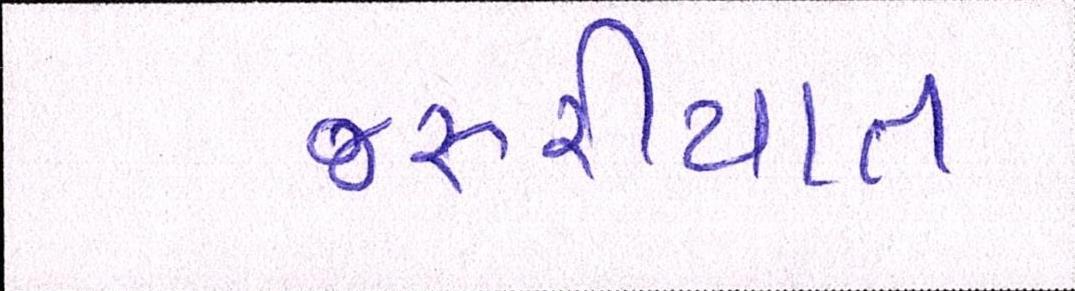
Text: જરૂરીયાત